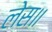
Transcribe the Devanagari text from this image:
लेस॥